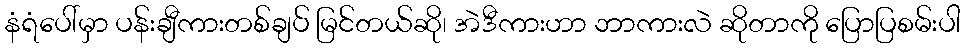
နံရံပေါ်မှာ ပန်းချီကားတစ်ချပ် မြင်တယ်ဆို၊ အဲဒီကားဟာ ဘာကားလဲ ဆိုတာကို ပြောပြစမ်းပါ